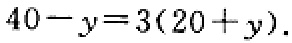
\(40 - y = 3(20 + y)\)